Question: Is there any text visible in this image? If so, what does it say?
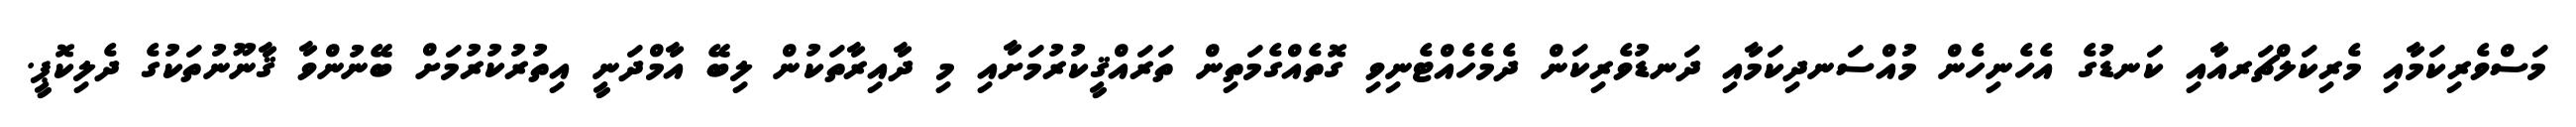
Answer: މަސްވެރިކަމާއި މެރިކަލްޗަރއާއި ކަނޑުގެ އެހެނިހެން މުއްސަނދިކަމާއި ދަނޑުވެރިކަން ދެމެހެއްޓެނިވި ގޮތެއްގެމަތިން ތަރައްޤީކުރުމަށާއި މި ދާއިރާތަކުން ލިބޭ އާމްދަނީ އިތުރުކުރުމަށް ބޭނުންވާ ޤާނޫނުތަކުގެ ދެލިކޮޕީ.